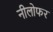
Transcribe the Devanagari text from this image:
नीलोफर